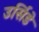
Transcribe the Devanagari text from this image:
उर्सिडे